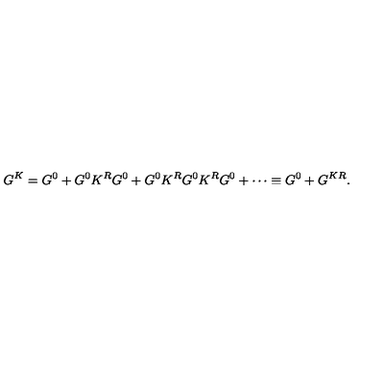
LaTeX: G ^ { K } = G ^ { 0 } + G ^ { 0 } K ^ { R } G ^ { 0 } + G ^ { 0 } K ^ { R } G ^ { 0 } K ^ { R } G ^ { 0 } + \cdots \equiv G ^ { 0 } + G ^ { K R } .